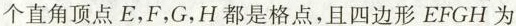
个直角顶点E，F，G，H都是格点，且四边形EFGH为